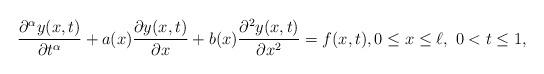
LaTeX: \begin{align*} \frac{\partial^\alpha y(x,t)}{\partial t^\alpha}+a(x)\frac{\partial y(x,t)}{\partial x} +b(x)\frac{\partial^2 y(x,t)}{\partial x^2}=f(x,t), 0\leq x\leq \ell, \ 0<t\leq 1,\end{align*}